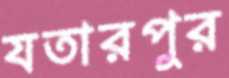
যতারপুর